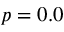
p = 0 . 0